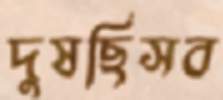
দুষছিসব